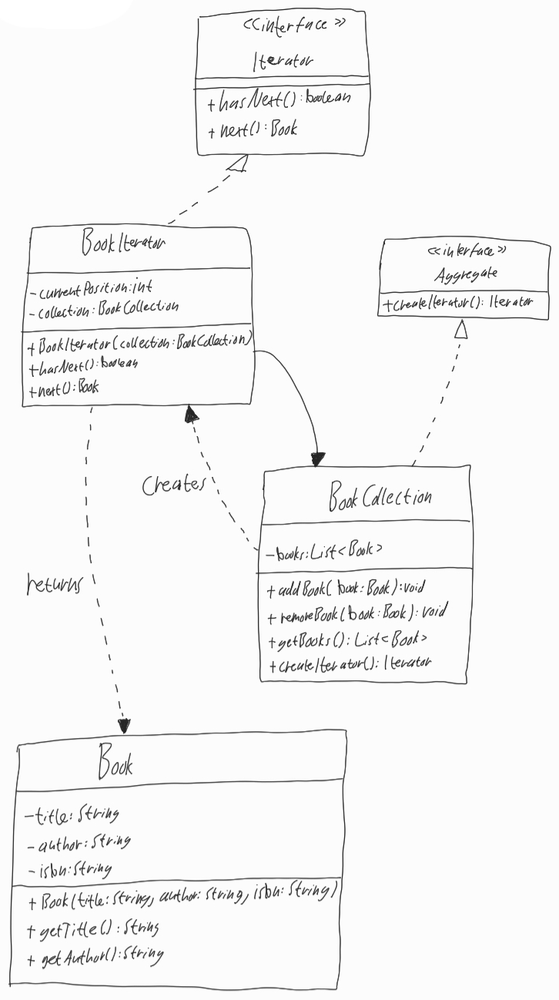
Diagram type: class_diagram
```plantuml
@startuml

interface Iterator {
  + hasNext(): boolean
  + next(): Book
}

class BookIterator implements Iterator {
  - currentPosition: int
  - collection: BookCollection
  + BookIterator(collection: BookCollection)
  + hasNext(): boolean
  + next(): Book
}

interface Aggregate {
  + createIterator(): Iterator
}

class BookCollection implements Aggregate {
  - books: List<Book>
  + addBook(book: Book): void
  + removeBook(book: Book): void
  + getBooks(): List<Book>
  + createIterator(): Iterator
}

class Book {
  - title: String
  - author: String
  - isbn: String
  + Book(title. String, author: String, isbn: String)
  + getTitle(): String
  + getAuthor(): String
}

BookIterator --> BookCollection

BookIterator <.. BookCollection : creates

BookIterator ..> Book : returns

@enduml
```